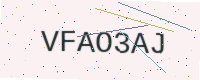
Text: VFAO3AJ